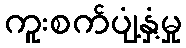
ကူးစက်ပျံ့နှံ့မှု